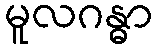
မူလဂန္ဓာ